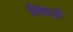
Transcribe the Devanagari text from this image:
विषादी